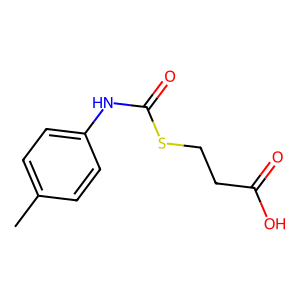
SMILES: Cc1ccc(NC(=O)SCCC(=O)O)cc1
Inhibits HIV replication: No